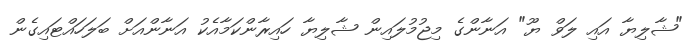
"ޝާލިޔާ އައި ލަވް ޔޫ" އަނާންގެ މިޖުމުލައިން ޝާލިޔާ ހައިރާންކަމާއެކު އަނާންއަށް ބަލަހައްޓައިގެން